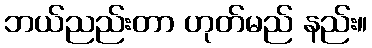
ဘယ်ညည်းတာ ဟုတ်မည် နည်း။